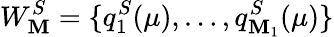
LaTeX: W_{\mathbf{M}}^{S}=\{ q_{1}^{S}(\mu),\dots,q_{\mathbf{M}_{1}}^{S}(\mu)\}